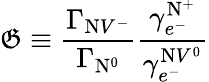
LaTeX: \mathfrak{G}\equiv\frac{{\Gamma_{\mathrm{{N}}V^{-}}}}{{\Gamma_{\mathrm{{N}}^{0}}}}\frac{{\gamma_{e^{-}}^{\mathrm{{N}}^{+}}}}{{\gamma_{e^{-}}^{\mathrm{{N}}V^{0}}}}